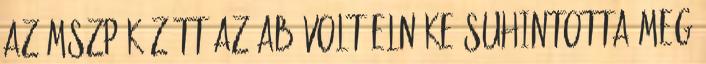
az MSZP között Az AB volt elnöke suhintotta meg